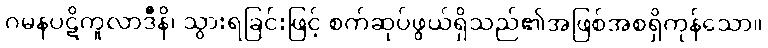
ဂမနပဋိကူလာဒီနိ၊ သွားရခြင်းဖြင့် စက်ဆုပ်ဖွယ်ရှိသည်၏အဖြစ်အစရှိကုန်သော။